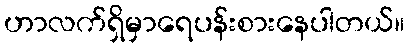
ဟာလက်ရှိမှာရေပန်းစားနေပါတယ်။